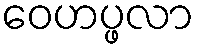
ဝေဟပ္ဖလာ